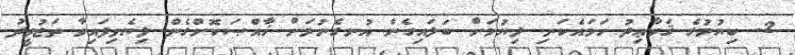
2- ކިޔުމުގެ ޤަވާޢިދު ހަމައެކަނި ލިޔުމަށް ބަލައިގެން އުނގެނުމަށް ޚާއްޞަކޮށްގެން ލިޔެވިފައިވާ ތަޖުވީދު